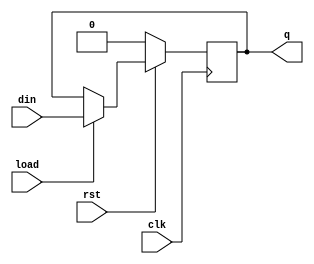
//********************************************************
//   Copyright(c)2016, STEP FPGA 
//   All rights reserved
//   Module name     :   register
//   Data            :   2016/08/01
//   Version         :   V1.0
//   Description     :   
//
//   Modification history
//   ----------------------------------------------------------------------------
// Version       
// Description
//
//********************************************************


//*******************
//DEFINE MODULE PORT
//*******************
module register
(
	//INPUT
	clk			,
	rst			,
	load		,
	din			,
	//OUTPUT
	q			
);
	//*******************
	//DEFINE PARAMETER
	//*******************
	parameter			N	=	1;
	
	//*******************
	//DEFINE INPUT
	//*******************
	input 	clk,rst,load;
	input	[N-1:0]	din;

    //*******************
	//DEFINE OUTPUT
	//*******************
	output	[N-1:0]	q;
	
	//********************
	//OUTPUT ATTRIBUTE
	//********************
	//REGS
	reg		[N-1:0]	q;    

	
	//Sequential logic style
	always@(posedge clk)
		if (!rst==1)
			q<=0;
		else if (load==1)
			q<=din;
			
endmodule